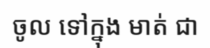
ចូល ទៅក្នុង មាត់ ជា